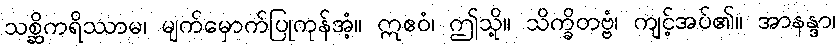
သစ္ဆိကရိဿာမ၊ မျက်မှောက်ပြုကုန်အံ့။ ဣဧဝံ၊ ဤသို့။ သိက္ခိတဗ္ဗံ၊ ကျင့်အပ်၏။ အာနန္ဒာ၊